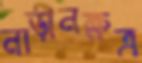
নাড়ীনক্ষত্র